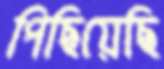
পিছিয়েছি